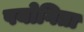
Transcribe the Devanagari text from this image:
पयोगिता